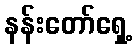
နန်းတော်ရှေ့